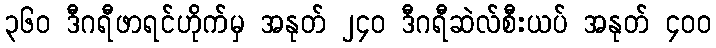
၃၆၀ ဒီဂရီဖာရင်ဟိုက်မှ အနုတ် ၂၄၀ ဒီဂရီဆဲလ်စီးယပ် အနုတ် ၄၀၀